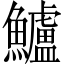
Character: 鱸